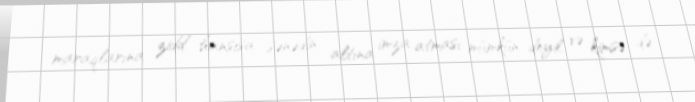
maraqlarına zidd hansısa sənədin altına imza atması mümkün deyil və kimsə də